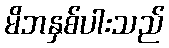
မိဘနှစ်ပါးသည်